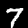
Label: 7